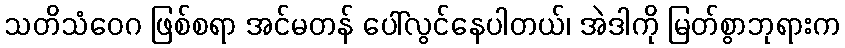
သတိသံဝေဂ ဖြစ်စရာ အင်မတန် ပေါ်လွင်နေပါတယ်၊ အဲဒါကို မြတ်စွာဘုရားက